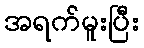
အရက်မူးပြီး